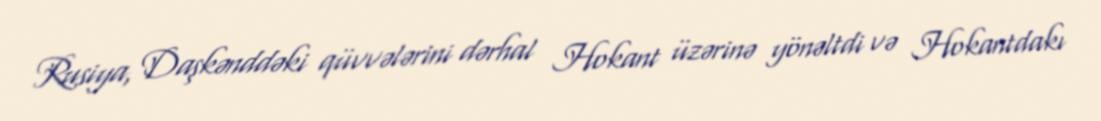
Rusiya, Daşkənddəki qüvvələrini dərhal Hokant üzərinə yönəltdi və Hokantdakı